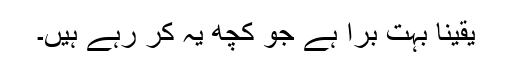
یقیناً بہت برا ہے جو کچھ یہ کر رہے ہیں۔